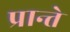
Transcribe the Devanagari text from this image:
प्रान्ते